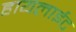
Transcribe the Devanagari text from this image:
हायलाईट